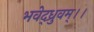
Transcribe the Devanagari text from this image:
भवेद्ध्रुवम्।।